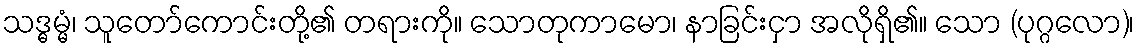
သဒ္ဓမ္မံ၊ သူတော်ကောင်းတို့၏ တရားကို။ သောတုကာမော၊ နာခြင်းငှာ အလိုရှိ၏။ သော (ပုဂ္ဂလော)၊